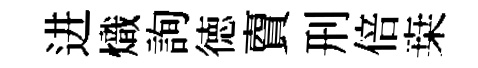
进熾詢徳𧶠刑倍桒